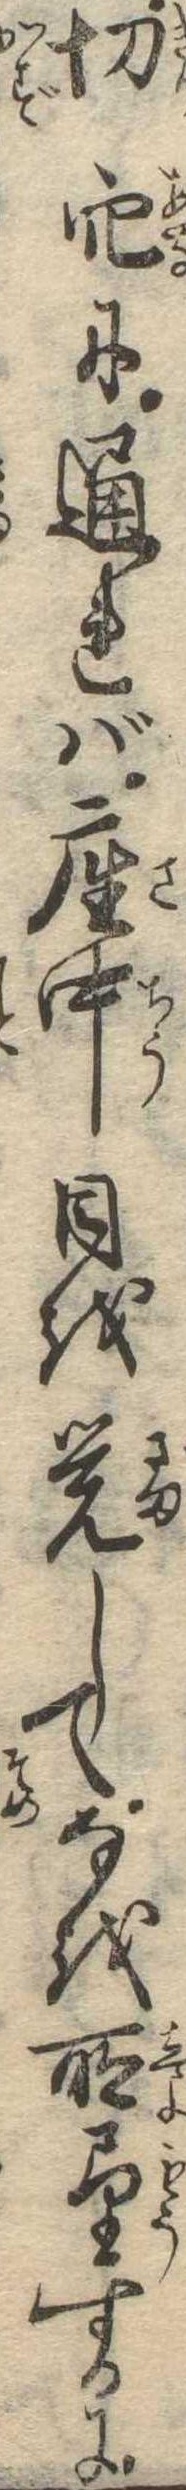
切穴に通れば座中目を覚してなを所望するに